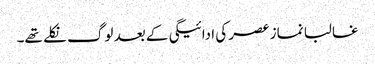
غالبا نماز عصر کی ادائیگی کے بعد لوگ نکلے تھے۔